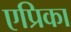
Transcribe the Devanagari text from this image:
एप्रिका